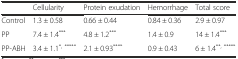
|  | Cellularity | Protein exudation | Hemorrhage | Total score |
 | --- | --- | --- | --- | --- |
 | Control | 1.3 ± 0.58 | 0.66 ± 0.44 | 0.84 ± 0.36 | 2.9 ± 0.97 |
 | PP | 7.4 ± 1.4*** | 4.8 ± 1.2*** | 1.4 ± 0.9 | 14 ± 1.4*** |
 | PP-ABH | 3.4 ± 1.1*, ***** | 2.1 ± 0.93**** | 0.9 ± 0.43 | 6 ± 1.4**, ***** |